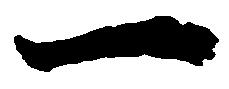
一